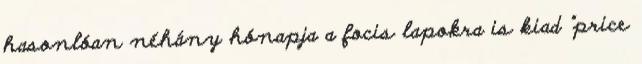
hasonlóan néhány hónapja a focis lapokra is kiad "price